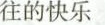
往的快乐